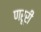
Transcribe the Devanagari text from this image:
णरूरी